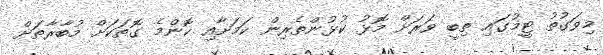
މިވަގުތު ޓީމުގައި ތިބީ ވަރަށް މޮޅު ކުޅުންތެރިން ކަމަށާއި ކޮންމެ ގޮތަކަށް މުބާރާތަށް